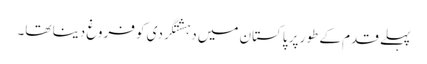
پہلے قدم کے طور پر پاکستان میں دہشتگردی کو فروغ دینا تھا۔